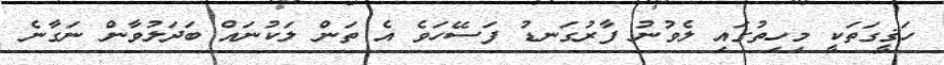
ހަޤީގަތަކީ މިހިތުގައި ލެވުނު ފާރުގަނޑު ފަސޭހަވެ އެ ތަން ލަކުނައް ބަދަލުވާން ނަގާނެ